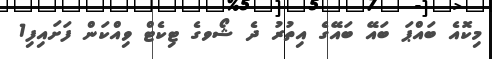
މިކޮއެ ބައްޕަ ބައޭ ބައޭގެ އިތުރު ދެ ޝޯވގެ ޓިކެޓް ވިއްކަން ފަށައިފި1